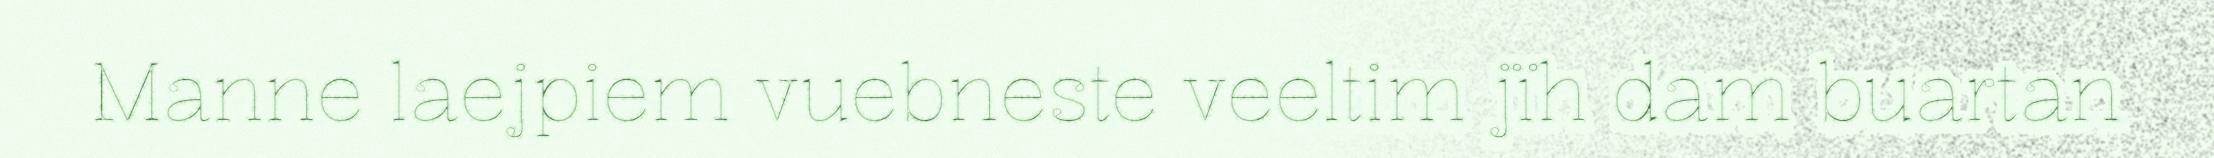
Manne laejpiem vuebneste veeltim jïh dam buartan